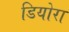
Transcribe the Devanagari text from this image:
डियोरा